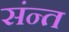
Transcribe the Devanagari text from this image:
संन्त